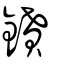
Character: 鐼